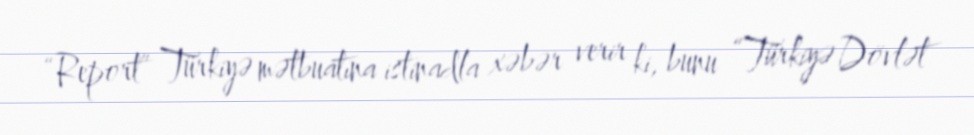
“Report” Türkiyə mətbuatına istinadla xəbər verir ki, bunu “Türkiyə Dövlət